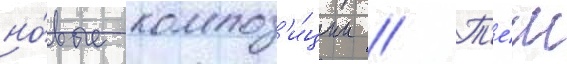
но́вые композ'и́ции // Т'е́м